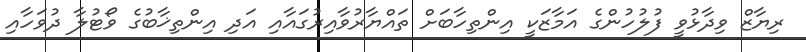
ރިޔާޒް ވިދާޅުވީ ފުލުހުންގެ އަމާޒަކީ އިންތިހާބަށް ތައްޔާރުވާއިރުގައާއި އަދި އިންތިޚާބުގެ ވޯޓުލާ ދުވަހާއި